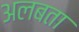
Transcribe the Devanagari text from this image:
अलबता